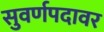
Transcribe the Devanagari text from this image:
सुवर्णपदावर